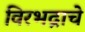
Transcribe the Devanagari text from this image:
विरभद्राचे